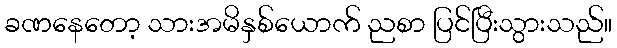
ခဏနေတော့ သားအမိနှစ်ယောက် ညစာ ပြင်ပြီးသွားသည်။